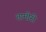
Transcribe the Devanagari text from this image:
तामीरी